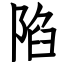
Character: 陷